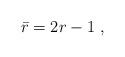
LaTeX: \begin{align*} \bar r=2r-1\ , \end{align*}